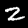
Label: 2